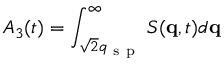
A _ { 3 } ( t ) = \int _ { \sqrt { 2 } q _ { \mathrm { ~ s ~ p ~ } } } ^ { \infty } { S ( \mathbf { q } , t ) d \mathbf { q } }